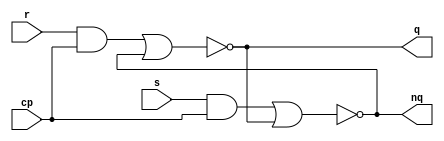
`timescale 1ns / 1ps

module rs_ff_nor(
input r,s,cp,
output q,nq
    );
assign q=~((r&cp)|nq);
assign nq=~((s&cp)|q);
endmodule